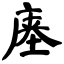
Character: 𰏽